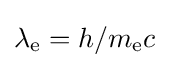
\lambda _{\text{e}}=h/m_{\text{e}}c